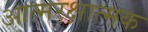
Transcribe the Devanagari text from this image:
आत्मरक्षात्मक